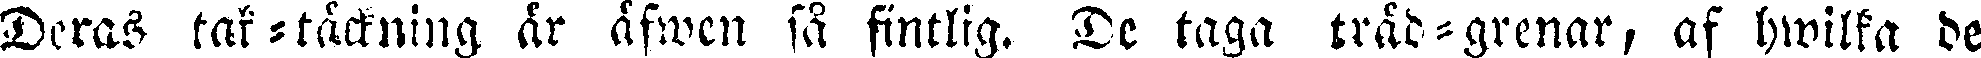
Deras tak-täckning är äfwen så fintlig. De taga träd-grenar, af hwilka de